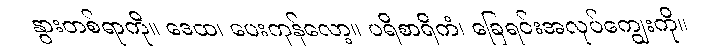
နွားတစ်ရာကို။ ဒေထ၊ ပေးကုန်လော့။ ပရိစာရိကံ၊ ခြေရင်းအလုပ်ကျွေးကို။